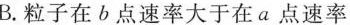
B.粒子在b点速率大于在a点速率